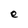
Character: e